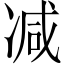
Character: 减